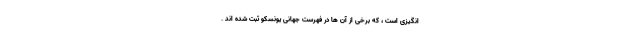
انگیزی است ، که برخی از آن ها در فهرست جهانی یونسکو ثبت شده اند .